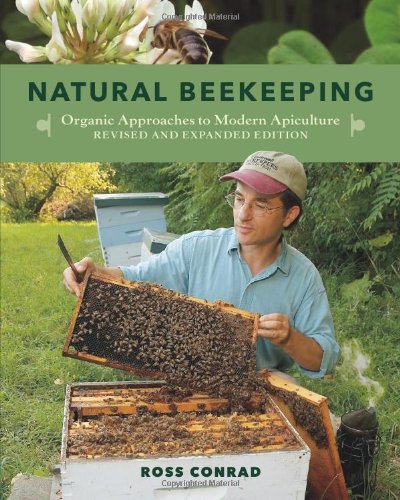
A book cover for Natural Beekeeping: Organic Approaches to Modern Apiculture, 2nd Edition; Ross Conrad; Crafts, Hobbies & Home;